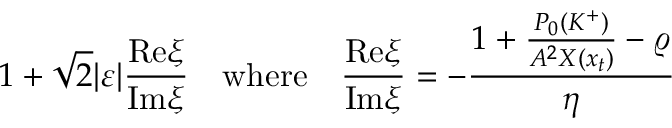
1 + \sqrt { 2 } | \varepsilon | \frac { \mathrm { R e } \xi } { \mathrm { I m } \xi } \quad \mathrm { w h e r e } \quad \frac { \mathrm { R e } \xi } { \mathrm { I m } \xi } = - \frac { 1 + \frac { P _ { 0 } ( K ^ { + } ) } { A ^ { 2 } X ( x _ { t } ) } - \varrho } { \eta }